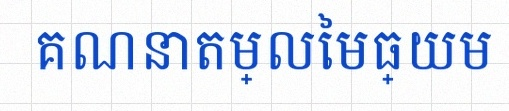
គណនាតម្លៃមធ្យម